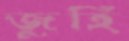
জুহি